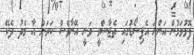
ފޮޅުވަމުން އަންނަ އެޕިސޯޑުގައި ތެޖާސްވީ ވަނީ އޭނާވެސް ކަރަން އާ މެދު ދެކޭ